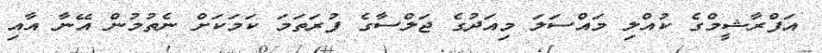
އަފްރާޝީމްގެ ކުއްލި މައްސަލަ މިއަދުގެ ޖަލްސާގެ ފުރަތަމަ ކަމަކަށް ނެތުމުން އޭނާ އާއި